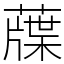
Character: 䕈